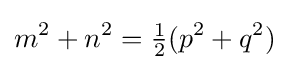
m^{2}+n^{2}={\tfrac {1}{2}}(p^{2}+q^{2})